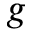
g